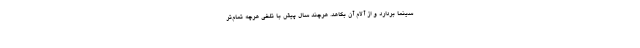
سینما بردارد و از آلام آن بکاهد. هرچند سال پیش با تلخی هرچه تمام‌تر